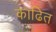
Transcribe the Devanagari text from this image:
काढित